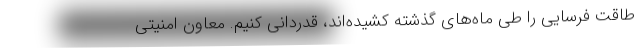
طاقت فرسایی را طی ماه‌های گذشته کشیده‌اند، قدردانی کنیم. معاون امنیتی